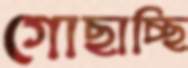
গোছাচ্ছি